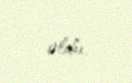
oldu.